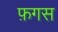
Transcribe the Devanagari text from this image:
फ़गस